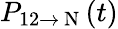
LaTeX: P_{12\rightarrow\mathrm{~N~}}(t)